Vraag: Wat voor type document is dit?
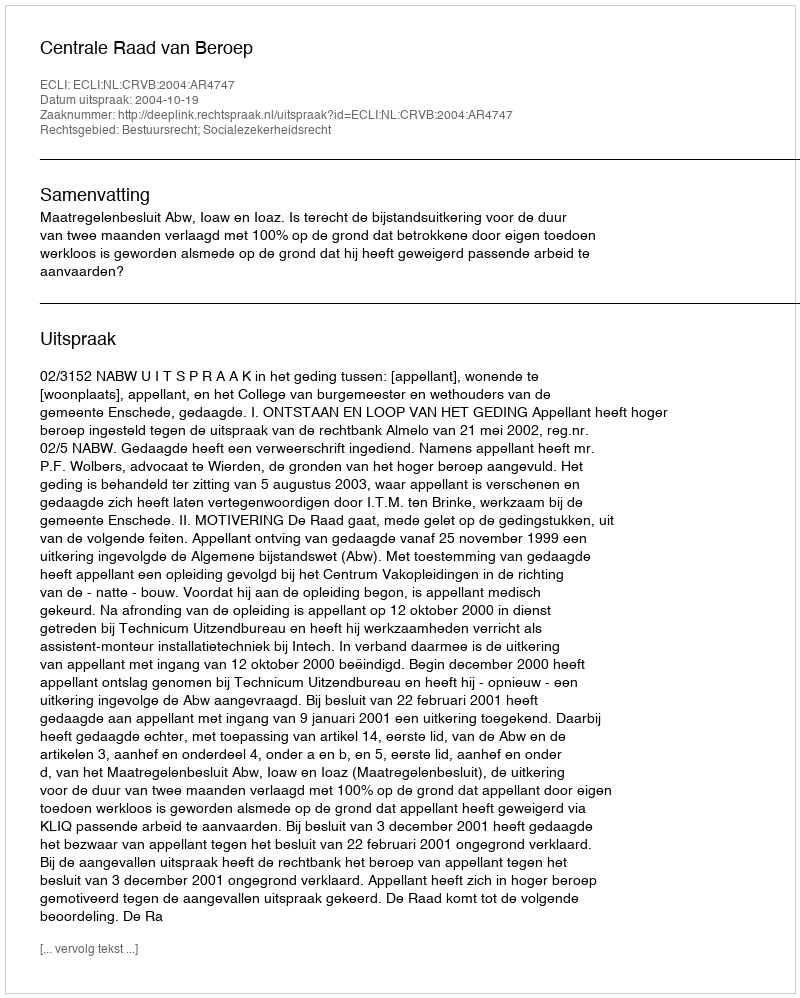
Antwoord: Uitspraak